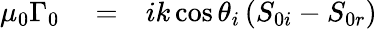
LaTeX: \begin{array}{rlr}{\mu_{0}\Gamma_{0}}&{{}=}&{ik\cos\theta_{i}\left(S_{0i}-S_{0r}\right)}\end{array}